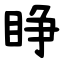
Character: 睁